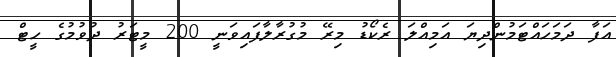
އަފާ ދަމަހައްޓަމުންދިޔަ އަމިއްލަ ރެކޯޑު މިރޭ މުގުރާލާފައިވަނީ 200 މީޓަރު ދުވުމުގެ ހީޓް